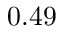
0 . 4 9